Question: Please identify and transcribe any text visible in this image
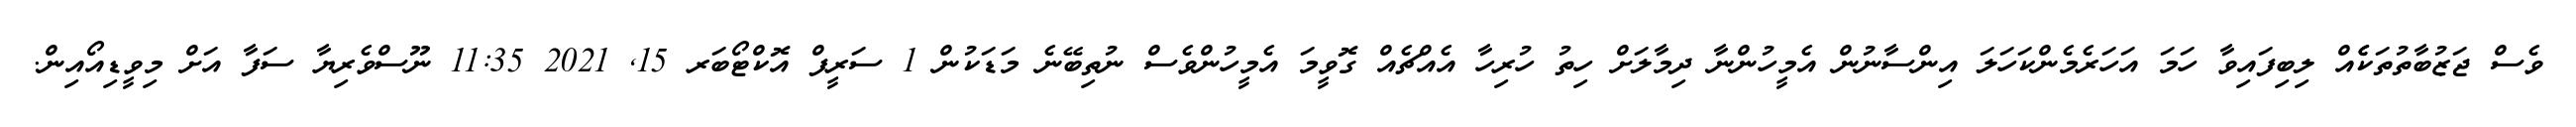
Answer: ވެސް ޖަޒުބާތުތަކެެއް ލިބިފައިވާ ހަމަ އަހަރެމެންކަހަލަ އިންސާނުން އެމީހުންނާ ދިމާލަށް ހިތު ހުރިހާ އެއްޗެއް ގޮވީމަ އެމީހުންވެސް ނުތިބޭނެ މަޑަކުން 1 ސަރީފް އޮކްޓޯބަރ 15, 2021 11:35 ނޫސްވެރިޔާ ސަފާ އަށް މިވީޑިއޯއިން.